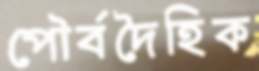
পৌর্বদৈহিক